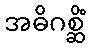
အဓိဂစ္ဆိံ